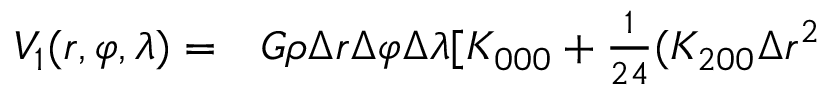
\begin{array} { r l } { V _ { 1 } ( r , \varphi , \lambda ) = } & { { } G \rho \Delta r \Delta \varphi \Delta \lambda [ K _ { 0 0 0 } + \frac { 1 } { 2 4 } ( K _ { 2 0 0 } \Delta { r ^ { 2 } } } \end{array}